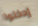
إدخلوا